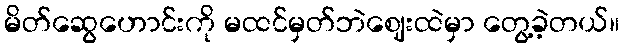
မိတ်ဆွေဟောင်းကို မထင်မှတ်ဘဲဈေးထဲမှာ တွေ့ခဲ့တယ်။